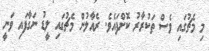
މި މެޗުގައި ވެސް ތަކުރާރު ކޮށްފައެވެ. ރެއާލުން މެޗުގައި ލީޑު ނަގާފައި ވަނީ